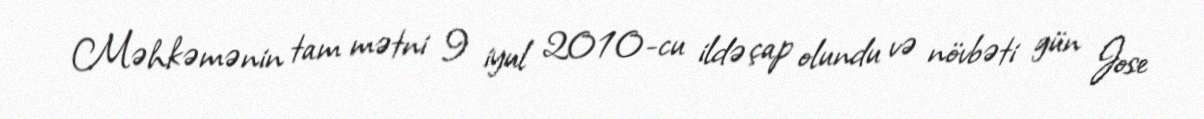
Məhkəmənin tam mətni 9 iyul 2010-cu ildə çap olundu və növbəti gün Jose